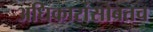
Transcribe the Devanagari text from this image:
अधिकारांसोबतच